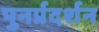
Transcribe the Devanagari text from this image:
पुनर्प्रदर्शन